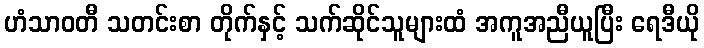
ဟံသာဝတီ သတင်းစာ တိုက်နှင့် သက်ဆိုင်သူများထံ အကူအညီယူပြီး ရေဒီယို